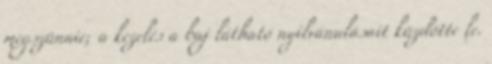
megszünnie; a kezelés a baj látható nyilvánulásait küzdötte le.